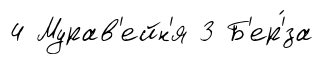
4 Мурав'ейн'я 3 Б'ер'́за